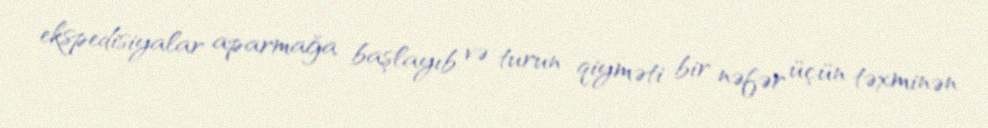
ekspedisiyalar aparmağa başlayıb və turun qiyməti bir nəfər üçün təxminən